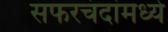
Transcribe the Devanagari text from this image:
सफरचंदांमध्ये